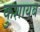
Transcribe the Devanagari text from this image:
कुशायब